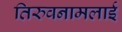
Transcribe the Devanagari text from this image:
तिरुवनामलाई